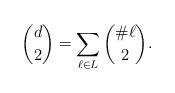
LaTeX: \begin{align*} \binom{d}{2}=\sum_{\ell \in L} \binom{\# \ell}{2}. \end{align*}